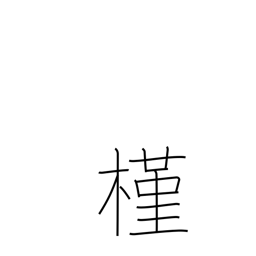
Meaning: rose of Sharon